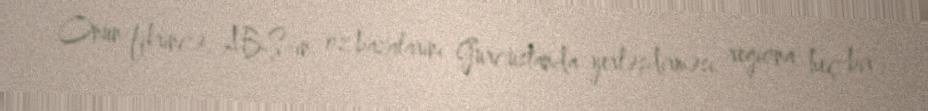
Onun fikrincə, ABŞ-ın öz bazalarını Gürcüstanda yerləşdirməsi regiona heç bir